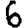
Digit: 6